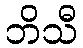
ဘိသီ